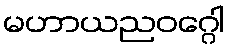
မဟာယညဝဂ္ဂေါ